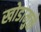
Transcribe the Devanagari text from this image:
खोडामुळे